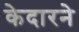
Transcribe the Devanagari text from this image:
केदारने